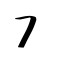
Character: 冫